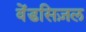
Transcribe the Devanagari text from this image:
वेंडसिज़ल